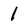
Character: 1